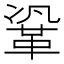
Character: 𮧗